Lunatic asylums Bombay report 1878-1890 - 1878-1890
Year: 1878
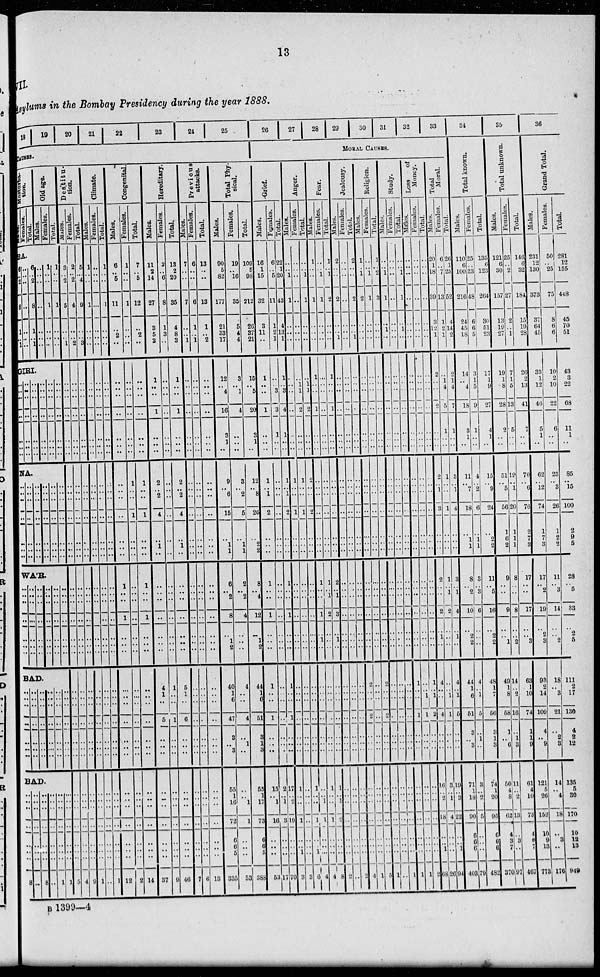
13
III
Asylums in the Bombay Presidency during the year 1888.
18 19 20 21 22 23 24 25
Causes.
Musterba¬
tion.
Males.
Females.
Total.
Old age.
Males.
Females.
Total.
SA.
6
..
2
..
8
1
.. 1
..
..
..
..
..
..
..
..
6
.. 2
..
8
1
..
1
..
..
..
..
..
..
..
..
1
..
..
..
1
..
..
..
1
..
..
..
1
..
..
..
GIRI.
..
..
..
..
..
..
..
..
..
..
..
..
..
..
..
..
..
..
..
..
..
..
..
..
..
..
..
..
..
..
..
..
..
..
..
..
..
..
..
..
..
..
NA.
..
..
..
..
..
..
..
..
..
..
..
..
..
..
..
..
..
..
..
..
..
..
..
..
..
..
..
..
..
..
..
..
..
..
..
..
..
..
WA'R
..
..
..
..
..
..
..
..
..
..
..
..
..
..
..
..
..
..
..
..
..
..
..
..
..
..
..
..
BAD.
..
..
..
..
..
..
..
..
..
..
..
..
..
..
..
..
..
..
..
..
..
..
..
..
..
..
..
..
..
..
..
..
..
..
..
..
..
..
..
..
..
..
BAD.
..
..
..
..
..
..
..
8
..
..
..
..
..
..
..
..
..
..
..
..
..
..
..
8
..
..
..
..
..
..
..
..
..
..
..
..
..
..
..
1
..
..
..
..
..
..
..
1
Destitu-
tion.
Males.
3
.. 2
..
5
..
..
1
..
..
..
..
..
..
..
..
..
..
..
..
..
..
..
..
..
..
..
..
..
..
..
..
..
..
..
..
..
..
..
5
Females.
2
.. 2
..
4
..
... 2
..
..
..
..
..
..
..
..
..
..
..
..
..
..
..
..
..
..
..
..
..
..
..
..
..
..
..
..
..
..
..
4
Total.
5
..
4
..
9
..
..
3
..
..
..
..
..
..
..
..
..
..
..
..
..
..
..
..
..
..
..
..
..
..
..
..
..
..
..
..
..
..
..
9
Climate.
Males.
1
.. ..
..
..
..
.. ..
..
..
..
..
..
..
..
..
..
..
..
..
..
..
..
..
..
..
..
..
..
..
..
. ..
..
..
..
..
..
..
..
1
Females.
..
..
..
..
..
..
..
..
..
..
..
..
..
..
..
..
..
..
..
..
..
..
..
..
..
..
..
..
..
..
..
..
..
..
..
..
..
..
..
..
Total.
1
..
..
..
..
..
..
..
..
..
..
..
..
..
..
..
..
..
..
..
..
..
..
..
..
..
..
..
..
..
..
..
..
..
..
..
..
..
..
1
Congenital.
Males.
6
.. 6
..
11
..
2
..
..
..
..
..
..
..
..
..
..
..
..
..
..
1
..
1
. ..
..
..
..
..
..
..
..
..
..
..
..
..
..
..
..
12
Females.
1
..
..
..
1
..
..
..
..
..
..
..
..
..
..
1
..
..
1
..
..
..
..
..
..
..
..
..
..
..
..
..
..
..
..
..
..
..
..
2
Total.
7
6
..
12
2
..
..
..
..
..
..
..
1
..
..
1
..
..
..
1
..
1
..
..
..
..
..
..
..
..
..
..
..
..
..
..
..
..
..
14
Hereditary.
Males.
11
2
14
..
27
8
6
3
1
..
..
1
..
..
..
..
2
..
2
4
..
1
..
..
..
..
..
4
1
..
5
..
..
..
..
..
..
..
..
.. ..
37
Females.
2
.. 6
..
8
1
3
..
..
..
..
..
..
..
..
..
..
..
..
..
..
..
..
..
1
..
..
1
..
..
..
..
..
..
..
..
..
..
9
Total.
13
2
20
..
35
4
8
3
1
..
..
1
..
..
..
2
..
2
4
..
1
..
..
..
..
..
..
..
5
1
..
6
..
..
..
..
..
..
..
..
..
..
46
Previous
attacks.
Males.
7
..
..
..
7
..
..
1
..
..
..
..
..
..
..
..
..
..
..
..
..
..
..
..
..
..
..
..
..
..
..
..
..
..
..
..
..
..
..
..
7
Females.
6
..
..
..
6
1
..
1
..
..
..
..
..
..
..
..
..
..
..
..
..
..
..
..
..
..
..
..
..
..
..
..
..
..
..
..
..
..
..
6
Total.
13
..
..
..
13
1
.. 2
..
..
..
..
..
..
..
..
.. ..
..
..
..
..
..
..
..
..
..
..
..
..
..
..
..
..
..
..
..
..
..
..
..
13
Total Phy-
sical.
Males.
90
5
82
..
177
21
33
17
12
.. 4
16
3
1
..
9
..
6
16
..
1
1
6
2
8
1
2
40
1
6
47
3
.. 3
55
1
16
72
6
6
5
335
Females.
19
.. 16
..
35
5
4
4
3
.. 1
4
..
..
..
3
..
2
5
..
1
1
2
2
4
..
..
4
..
..
4
..
1
..
..
.. 1
1
..
..
..
53
Total.
109
5
98
..
212
26
37
21
15
.. 5
20
3
1
..
12
..
8
20
..
2
2
8
4
12
1
2
44
1
6
51
3
1
3
55
1
17
73
6
6
5
388
26
27
28
29
30
31 32 33
MORAL CAUSES.
Grief.
Males.
16
1
15
..
32
3
11
..
1
..
..
1
..
..
..
1
..
1
2
..
.. ..
1
..
1
..
..
1
..
..
1
..
..
..
15
.. 1
16
..
..
..
53
Females.
6
.. 5
..
11
1
2
1
..
.. 3
3
1
..
..
..
..
..
..
..
..
..
..
..
..
..
..
..
..
..
..
..
2
.. 1
3
..
..
..
17
Total.
22
1
20
..
43
4
13
1
1
.. 3
4
1
..
..
1
..
1
2
..
..
..
1
..
1
..
1
..
..
1
..
..
..
17
.. 2
19
..
..
..
70
Anger.
Males.
..
.. 1
..
1
..
..
..
..
..
..
..
..
..
..
1
..
..
1
..
..
..
..
..
..
..
..
..
..
..
..
..
1
..
..
1
..
.. 1
3
Females.
..
..
..
..
..
..
..
..
..
1
1
2
..
..
..
1
..
..
1
..
..
..
..
..
..
..
..
..
..
..
..
..
..
..
..
..
..
..
..
3
Total.
..
.. 1
..
1
..
..
..
..
1
1
2
..
..
..
2
..
..
2
..
..
..
..
..
..
..
..
..
..
..
..
..
1
..
..
1
..
..
1
6
Fear.
Males.
1
..
..
..
1
..
..
..
1
..
..
1
..
..
..
..
..
..
..
..
..
..
1
..
1
i
..
..
..
..
..
..
..
..
..
.. 1
1
..
..
..
4
Females.
..
.. 1
..
1
..
..
..
..
..
..
..
..
..
..
..
..
..
..
..
..
..
1
1
i
..
..
..
..
..
..
..
..
1
..
1
1
..
..
..
4
Total.
1
.. 1
..
2
..
..
..
1
..
..
1
..
..
..
..
..
..
..
..
..
..
2
1
3
..
i
..
..
..
..
..
..
..
..
1
.. 1
2
..
..
..
8
Jealousy.
Males.
2
..
..
..
2
..
..
1
..
..
..
..
..
..
..
..
..
..
..
..
..
..
..
..
..
..
..
..
..
..
..
..
..
..
..
..
..
..
..
2
Females.
..
..
..
..
..
..
..
..
..
..
..
..
..
..
..
..
..
..
..
..
..
..
..
..
..
..
..
..
..
..
..
..
..
..
..
..
..
..
..
..
..
Total.
2
..
..
..
2
..
..
1
..
..
..
..
..
..
..
..
..
..
..
..
..
..
..
..
..
..
..
..
..
..
..
..
..
..
..
..
..
..
..
2
Religion.
Males.
1
.. 1
..
2
..
..
..
..
..
..
..
..
..
..
..
..
..
..
..
..
..
..
..
..
2
..
..
2
..
..
..
..
..
..
..
..
..
..
4
Females.
..
.. 1
..
1
..
..
..
..
..
..
..
..
..
..
..
..
..
..
..
..
..
..
..
..
..
..
..
..
..
..
..
..
..
..
..
..
..
..
1
Total.
1
..
2
..
3
..
..
..
..
..
..
..
..
..
..
..
..
..
..
..
..
..
..
..
..
2
..
..
2
..
..
..
..
..
..
..
..
..
..
5
Study.
Males.
..
.. 1
..
1
..
1
..
..
..
..
..
..
..
..
..
..
..
..
..
..
..
..
..
..
..
..
..
..
..
..
..
..
..
..
..
..
..
..
1
Females.
..
..
..
..
..
..
..
..
..
..
..
..
..
..
..
..
..
..
..
..
..
..
..
..
..
..
..
..
..
..
..
..
..
..
..
..
..
..
..
..
Total.
..
.. 1
..
1
..
1
..
..
..
..
..
..
..
..
..
..
..
..
..
..
..
..
..
..
..
..
..
..
..
..
..
..
..
..
..
..
..
..
1
Loss of
Money.
Males.
..
..
..
..
..
..
..
..
..
..
..
..
..
..
..
..
..
..
..
..
..
..
..
..
..
..
1
..
..
1
..
..
..
..
..
..
..
..
..
..
1
Females.
..
..
..
..
..
..
..
..
..
..
..
..
..
..
..
..
..
..
..
..
..
..
..
..
..
..
.. 1
1
..
..
..
..
..
..
..
..
..
..
1
Total.
..
..
..
..
..
..
..
..
..
..
..
..
..
..
..
..
..
..
..
..
..
..
..
..
..
1
.. 1
2
..
..
..
..
..
..
..
..
..
..
2
Total
Moral.
Males.
20
1
18
..
39
3
12
1
2
..
..
2
..
..
..
2
..
1
3
..
..
..
2
..
2
i
..
4
..
..
4
..
..
..
16
.. 2
18
..
.. 1
68
Females.
6
.. 7
..
13
1
2
1
..
1
4
5
1
..
..
1
..
..
1
..
..
..
1
1
2
..
..
.. 1
1
..
..
..
1
3
.. 1
4
..
..
..
26
Total.
20
1
.25
..
52
4
14
2
2
1
4
7
1
..
..
3
..
1
4
..
..
..
3
1
4
i
..
4
..
1
5
..
..
..
19
.. 3
22
..
..
1
94
34
Total known.
Mates.
110
6
100
..
216
24
45
18
14
.. 4
18
3
1
..
11
..
7
18
..
1
1
8
2
10
2
2
44
1
6
51
3
.. 3
71
1
18
90
6
6
6
403
Females.
25
.. 23
..
48
6
6
5
3
1
5
9
1
..
..
4
..
2
6
..
1 1
3
3
6
..
4
..
1
5
..
1
..
3
.. 2
5
..
..
..
79
Total.
135
6
123
..
264
30
51
23
17
1
9
27
4
1
..
15
..
9
24
..
2
2
11
5
16
2
2
48
1
7
56
3
1
3
74
1
20
95
6
6 6
482
35
Total unknown.
Males.
121
6
30
..
157
13
19
27
19
1
8
28
2
..
..
51
..
5
56
1
6
2
9
..
0
1
49
1
8
58
1
..
6
50
4 8
62
4
3
7
370
Females.
25
.. 2
..
27
2
..
1
7
1
5
13
5
..
..
19
..
1
20
1
1
1
8
..
8
2
14
.. 2
16
..
1
3
11
.. 2
13
..
3
..
97
Total.
146
6
32
..
184
15
19
28
26
2
13
41
7
..
..
70
..
6
76
2
7
3
17
..
17
.. 3
53
1
10
74
1
1
9
61
4
10
75
4
6
7
467
30
Grand Total.
Males.
231
12
130
..
373
37
64
45
33
1
12
46
5
1
..
62
..
12
74
1
7
3
17
2
19
2
3
93
2
14
109
4
.. 9
121
6
26
152
10
9
13
773
Females.
50
.. 25
..
75
8
6
6
10
2
10
22
6
..
..
23
..
3
26
1
2
2
11
3
14
2
18
.. 3
21
..
2
3
14
.. 4
18
..
3
..
176
Total.
281
12
155
..
448
45
70
51
43
3
22
68
11
1
..
85
..
15
100
2
9
5
28
5
83
2
5
111
2
17
130
4
2
12
135
6
30
170
10
12 13
949
B 1399—4